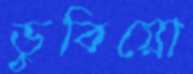
ডুবিয়ো